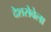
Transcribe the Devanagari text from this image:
देशसेवेला